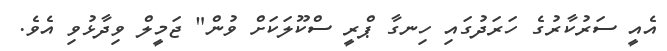
އެއީ ސަރުކާރުގެ ހަރަދުގައި ހިނގާ ޕްރީ ސްކޫލަކަށް ވުން" ޖަމީލް ވިދާޅުވި އެވެ.